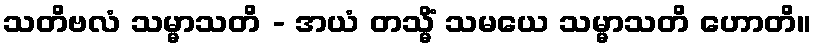
သတိဗလံ သမ္မာသတိ - အယံ တသ္မိံ သမယေ သမ္မာသတိ ဟောတိ။